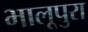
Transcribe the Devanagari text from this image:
भालूपुरा